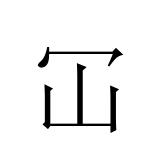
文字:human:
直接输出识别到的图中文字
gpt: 冚